Calcutta medical institutions reports 1871-78
Year: 1871
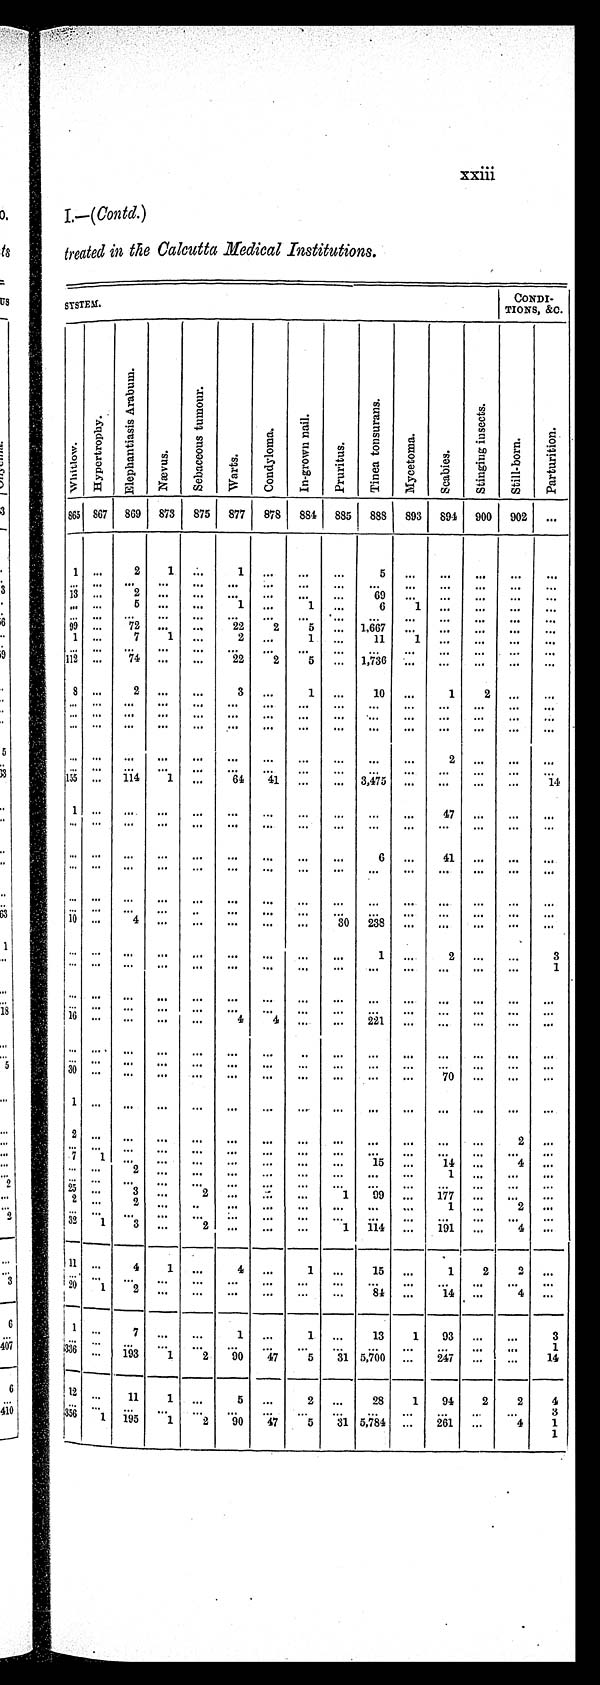
xxiii
I .—(Contd.)
treated in the Calcutta Medical Institutions.
SYSTEM.
CONDI-
TIONS, &C.
Wh i t l o w.
H y p e r t r o p h y .
E l e p h a n t i a s i s A r a b u m .
N æ v u s .
S e b a c e o u s t u m o u r .
W a r t s .
C o n d y l o m a .
I n - g r o w n n a i l .
P r u r i t u s .
T i n e a t o n s u r a n s .
M y c e t o m a .
S c a b i e s
S t i n g i n g i n s e c t s .
S t i l l - b o r n . P a r t u r i t i o n .
865
867 869 873 875 877 878 884 885 888 893 894 900 902 ...
1 ...
2
1
. . .
1 ...
...
...
5
. . .
. . .
. . .
. . .
. . .
. . .
. . .
. . .
. . .
. . .
. . .
. . .
. . .
. . .
. . .
. . .
. . .
. . .
. . .
. . .
13 . . . .
2
. . .
. . .
. . .
. . .
. . .
. . .
6 9
. . .
. . .
. . .
. . .
. . .
. . . . . .
5
. . .
. . . 1
. . .
1 ...
6
1 ...
...
...
...
. . . . . .
. . .
. . .
. . .
. . .
. . .
. . .
. . .
. . .
. . .
. . .
. . .
. . .
. . .
99 ...
72 . . .
. . .
22
2
5
. . . 1,667
. . .
. . .
. . .
. . .
. . .
1 . . .
7
1 ...
2
. . .
1
. . .
11
1
. . .
. . .
. . .
. . .
. . . . . .
. . .
. . .
. . .
. . .
. . .
. . .
. . .
. . .
. . .
. . .
. . .
. . .
. . .
1 1 2 . . .
74 . . .
. . .
22
2
5
. . .
1 , 7 3 6
. . .
. . .
. . .
. . .
. . .
8 . . .
2
. . .
. . .
3 ...
1 . . .
1 0 . . .
1
2
. . .
. . .
. . . . . .
. . .
. . .
. . .
. . .
. . .
. . .
. . .
. . .
. . .
. . .
. . .
. . .
. . .
. . . . . .
. . .
. . .
. . .
. . .
. . .
. . .
. . .
. . .
. . .
. . .
. . .
. . .
. . .
. . . . . .
. . .
. . .
. . .
. . .
. . .
. . .
. . .
. . .
. . .
. . .
. . .
. . .
. . .
. . . . . .
. . .
. . .
. . .
. . .
. . .
. . .
. . .
. . .
. . .
2
. . .
. . .
. . .
. . . . . .
. . .
. . .
. . .
. . .
. . .
. . .
. . .
. . .
. . .
. . .
. . .
. . .
. . .
155 . . .
114
1 ...
64
41
. . .
. . .
3 , 4 7 5
. . .
. . .
. . .
. . . 14
1 . . .
. . .
. . .
. . .
. . .
. . .
. . .
...
...
. . .
47
. . .
. . .
. . .
. . . . . .
. . .
. . .
. . .
. . .
. . .
. . .
. . .
. . .
. . .
. . .
. . .
. . .
. . .
... ...
...
...
...
...
...
...
. . .
6 ...
41 ...
...
...
. . . . . .
. . .
. . .
. . .
. . .
. . .
. . .
. . .
. . .
. . .
. . .
. . .
. . .
. . .
. . . . . .
. . .
. . .
. . .
. . .
. . .
. . .
. . .
. . .
. . .
. . .
. . .
. . .
. . .
. . . . . .
. . .
. . .
. . .
. . .
. . .
. . .
. . .
. . .
. . .
. . .
. . .
. . .
. . .
1 0 . . .
4
. . .
. . .
. . .
. . .
. . .
3 0
2 3 8
. . .
. . .
. . .
. . .
. . .
. . . . . .
. . .
. . .
. . .
. . .
. . .
. . .
. . .
1 ...
2
. . .
. . .
3
. . . . . .
. . .
. . .
. . .
. . .
. . .
. . .
. . .
. . .
. . .
. . .
. . .
. . . 1
. . . . . .
. . .
. . .
. . .
. . .
. . .
. . .
. . .
. . .
. . .
. . .
. . .
. . .
. . .
. . . . . .
. . .
. . .
. . .
. . .
. . .
. . .
. . .
. . .
. . .
. . .
. . .
. . .
. . .
1 6 . . .
. . .
. . .
. . .
4
4
. . .
. . .
2 2 1
. . .
. . .
. . .
. . .
. . .
. . .
. . . . . .
. . .
. . .
. . .
. . .
. . .
. . . ...
...
...
...
...
...
. . .
. . .
. . .
. . .
. . .
. . .
. . .
. . .
. . .
. . .
. . .
. . .
. . .
. . .
. . .
3 0
. . . ...
...
...
...
...
...
...
...
...
70
. . .
. . .
. . .
1
. . .
. . .
. . .
. . .
. . .
. . .
. . .
. . .
. . .
. . .
. . .
. . .
. . .
. . .
2
. . .
. . .
. . .
. . .
. . .
. . .
. . .
. . .
. . .
. . .
. . .
. . .
2
. . .
. . .
. . .
. . .
. . .
. . . . . .
. . .
. . .
. . .
. . .
. . .
. . .
. . .
. . .
. . .
7
1
. . .
. . .
. . .
. . . . . .
. . .
. . .
1 5
. . . 14
. . . 4
. . .
. . .
. . .
2
. . .
. . .
. . .
. . .
. . .
. . .
. . .
. . .
1
. . .
. . .
. . .
. . .
. . .
. . .
. . .
. . .
. . .
. . .
. . .
. . .
. . .
. . .
. . .
. . .
. . .
. . .
2 5
. . . 3
. . .
2
. . .
. . .
. . .
1
99
. . .
1 7 7
. . .
. . .
. . .
2
. . .
2 . . .
. . . . . .
. . .
. . .
. . .
. . .
. . .
1
1
. . .
2 . . .
. . .
. . .
. . . . . .
. . .
. . .
. . .
. . .
. . .
. . .
. . .
. . . . . .
. . .
. . .
32
1
3 ...
2
. . .
. . .
...
1 114
. . .
191
. . .
4 ...
1 1 ...
4
1 ...
4 ...
1 ...
15 ...
1
2
2
- ...
. . .
. . .
. . . . . .
. . . . . . . . .
. . .
. . .
. . .
. . . . . . . . . . . .
. . . 2 0 1
2
. . .
. . .
. . .
. . .
. . .
. . .
8 4
. . .
1 4
. . .
4
. . .
1
. . .
7
. . .
. . .
1
. . .
1
. . .
1 3
1
9 3
. . .
. . . 3
. . . . . .
. . .
. . .
. . .
. . .
. . .
. . .
. . .
. . .
. . .
. . .
. . .
. . .
1
3 3 6 . . .
1 9 3
1
2
9 0
4 7
5
3 1
5 , 7 0 0
. . .
2 4 7
. . .
. . . 1 4
1 2
. . .
1 1
1
. . .
5
. . .
2
. . .
2 8
1
9 4 2
2
4
. . .
. . . . . .
. . . . . .
. . .
. . .
. . .
. . .
. . .
. . .
. . .
. . .
. . . 3
3 5 6
1
1 9 5
1
2
9 0
4 7
5
3 1
5 , 7 8 4
. . .
2 6 1
. . .
4 1
1